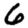
Digit: 6